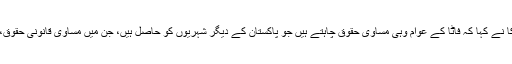
اسلام آباد میں منعقدہ ایک اجلاس میں شرکا نے کہا کہ فاٹا کے عوام وہی مساوی حقوق چاہتے ہیں جو پاکستان کے دیگر شہریوں کو حاصل ہیں، جن میں مساوی قانونی حقوق، آزادی، تحفظ اور معاشی مواقع شامل ہیں۔